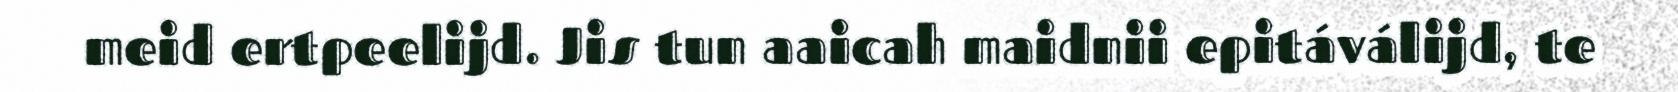
meid ertpeelijd. Jis tun aaicah maidnii epitáválijd, te